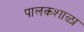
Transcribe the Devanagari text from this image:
पालकशाळा